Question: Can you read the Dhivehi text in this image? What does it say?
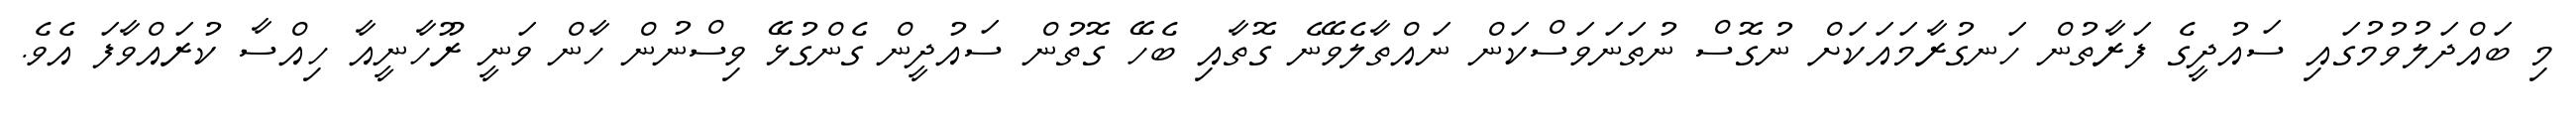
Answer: މި ބައްދަލުވުމުގައި ސައުދީގެ ފަރާތުން ހަނގުރާމައަކަށް ނުގޮސް ނުތަނަވަސްކަން ނައްތާލެވޭނެ ގޮތާއި ބެހޭ ގޮތުން ސައުދީން ގެންގުޅޭ ވިސްނުން ހާން ވަނީ ރޫހާނީއާ ހިއްސާ ކުރައްވާފަ އެވެ.